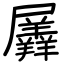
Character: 羼